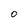
Character: O